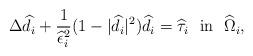
LaTeX: \begin{align*}\Delta\widehat{d}_i+\frac{1}{\widehat\epsilon_i^2}(1-|\widehat{d}_i|^2)\widehat d_i=\widehat \tau_i\ \ {\rm{in}}\ \ \widehat\Omega_i,\end{align*}